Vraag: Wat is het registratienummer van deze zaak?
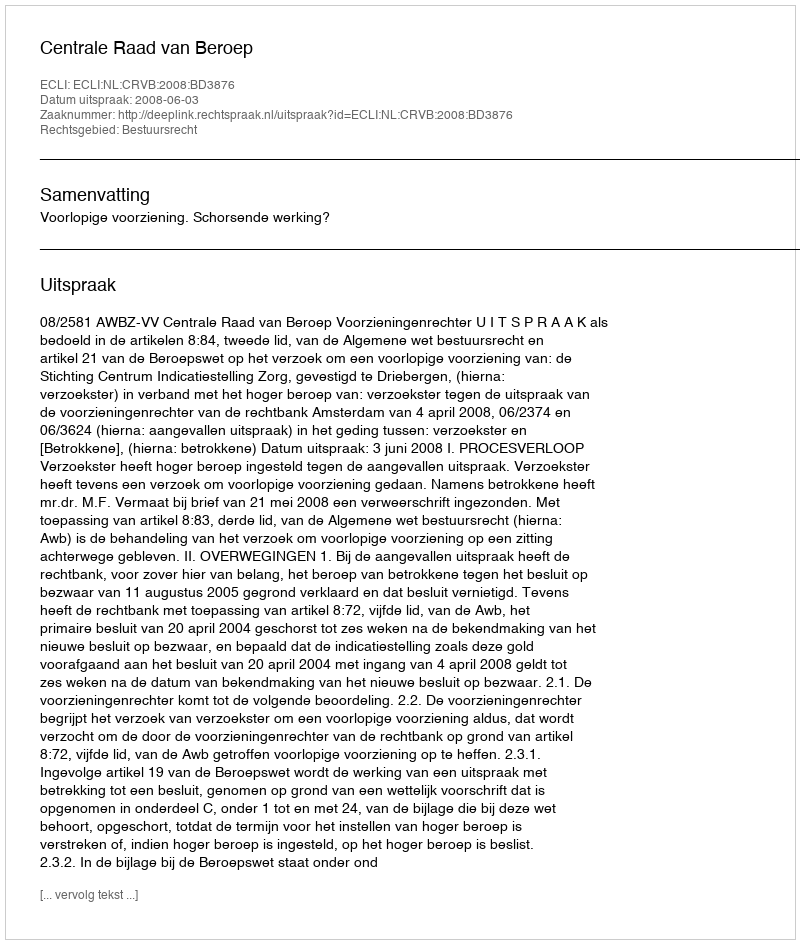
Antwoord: http://deeplink.rechtspraak.nl/uitspraak?id=ECLI:NL:CRVB:2008:BD3876